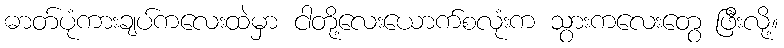
ဓာတ်ပုံကားချပ်ကလေးထဲမှာ ငါတို့လေးယောက်စလုံးက သွားကလေးတွေ ဖြီးလို့။